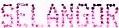
SELANGOR